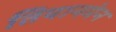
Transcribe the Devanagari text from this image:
तियानमेन